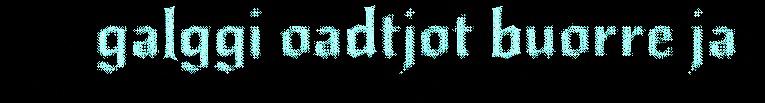
galggi oadtjot buorre ja